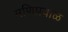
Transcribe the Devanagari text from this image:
मणिप्रवाळं